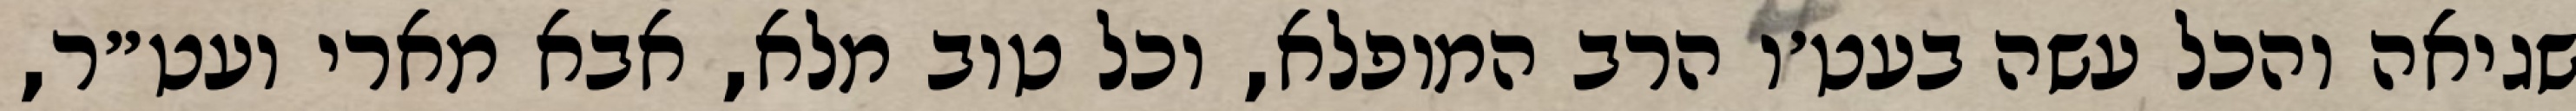
שגיאה והכל עשה בעט׳ו הרב המופלא, וכל טוב מלא, אבא מארי ועט״ר,